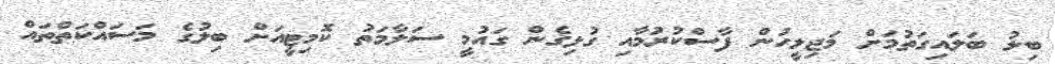
ބިލު ބަލައިގަތުމަށް މަޖިލީހުން ފާސްކުރުމާއި ގުޅިގެން ގައުމީ ސަލާމަތު ކޮމިޓީއަށް ބިލުގެ މަސައްކަތްތައް